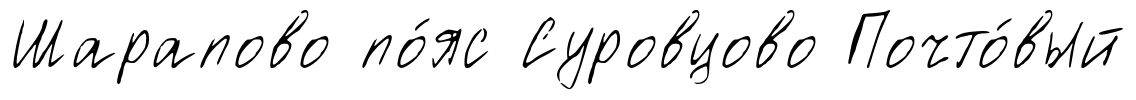
Шарапово по́яс Суровцово Почто́вый